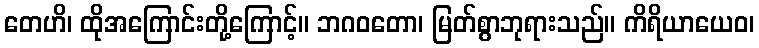
တေဟိ၊ ထိုအကြောင်းတို့ကြောင့်။ ဘဂဝတော၊ မြတ်စွာဘုရားသည်။ ကိရိယာယေဝ၊